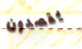
يقصدون